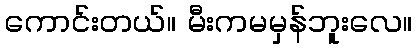
ကောင်းတယ်။ မီးကမမှန်ဘူးလေ။